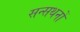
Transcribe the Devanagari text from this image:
सन्सथनों